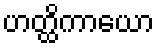
ဟတ္ထိကာယော